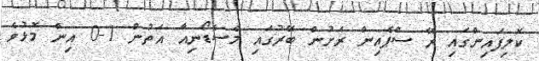
ކޮލިފައިންގައި ރޭ ސްޕެއިން ރަށުން ބޭރުގައި މެސެޑޯނިއާ އަތުން 1-0 އިން މޮޅުވެ